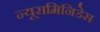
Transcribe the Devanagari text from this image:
न्यूरामिनिडेस